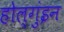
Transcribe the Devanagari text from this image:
होल्गुंइन